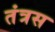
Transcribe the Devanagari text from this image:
तंत्रस